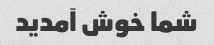
شما خوش آمدید